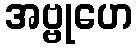
အဗ္ဗုဟေ